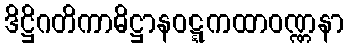
ဒိဋ္ဌိဂတိကာဓိဋ္ဌာနဝဋ္ဋကထာဝဏ္ဏနာ